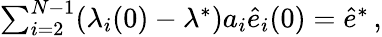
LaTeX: \begin{array}{r}{\sum_{i=2}^{N-1}(\lambda_{i}(0)-\lambda^{*})a_{i}\hat{e}_{i}(0)=\hat{e}^{*}\, ,}\end{array}